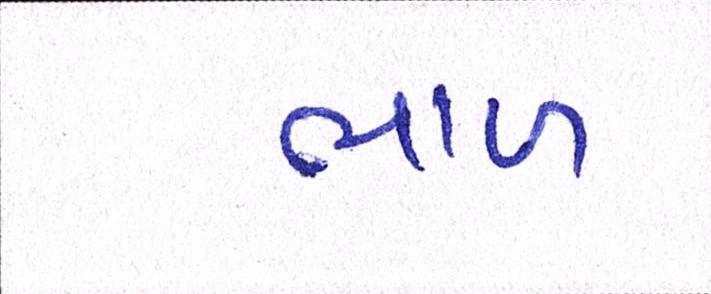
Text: ભાળ